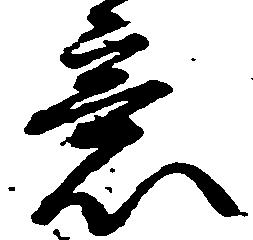
意